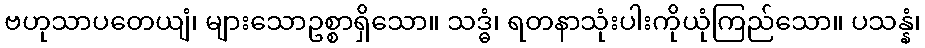
ဗဟုသာပတေယျံ၊ များသောဥစ္စာရှိသော။ သဒ္ဓံ၊ ရတနာသုံးပါးကိုယုံကြည်သော။ ပသန္နံ၊